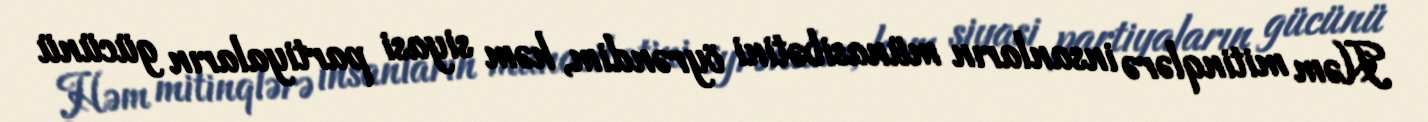
Həm mitinqlərə insanların münasibətini öyrəndim, həm siyasi partiyaların gücünü